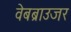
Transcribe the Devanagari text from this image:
वेबब्राउजर